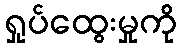
ရှုပ်ထွေးမှုကို